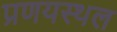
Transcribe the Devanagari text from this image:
प्रणयस्थल